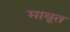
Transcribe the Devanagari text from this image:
माबूत